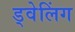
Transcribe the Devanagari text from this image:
ड्वेलिंग